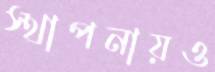
স্থাপনায়ও